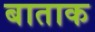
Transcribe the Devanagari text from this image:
बाताक